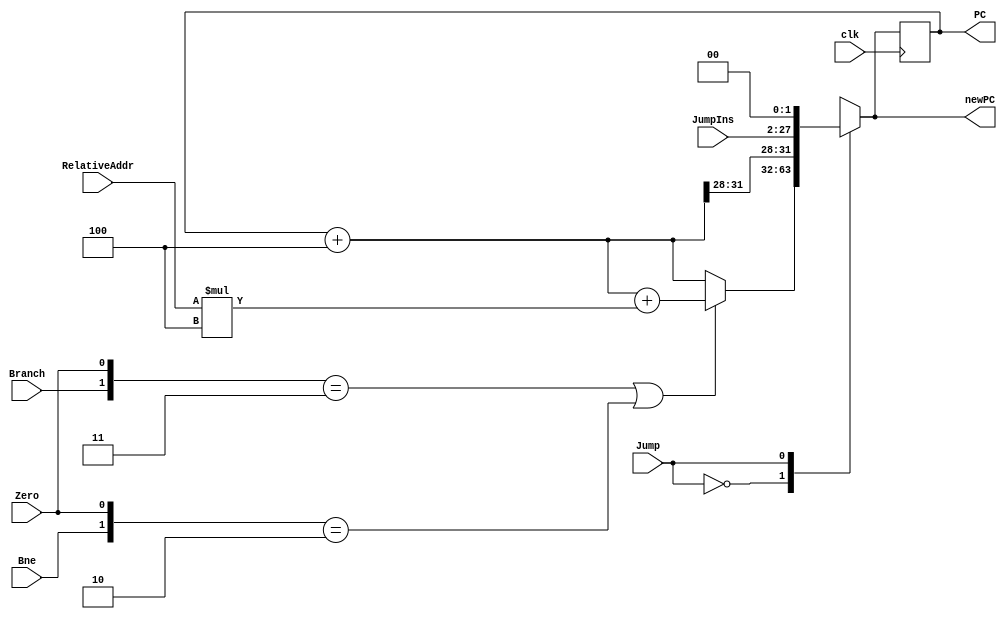
`timescale 1ns / 1ps
//////////////////////////////////////////////////////////////////////////////////
// Company: 
// Engineer: 
// 
// Design Name: 
// Module Name: p2
// Project Name: 
// Target Devices: 
// Tool Versions: 
// Description: 
// 
// Dependencies: 
// 
// Revision:
// Revision 0.01 - File Created
// Additional Comments:
// 
//////////////////////////////////////////////////////////////////////////////////


module pc(clk, JumpIns, RelativeAddr, Jump, Branch, Bne, Zero, newPC,PC);
output reg [31:0] newPC, PC;
input clk, Jump, Branch, Bne, Zero;
input [25:0] JumpIns;
input [31:0] RelativeAddr;
wire Jump,Branch,Zero;
integer i;
wire [31:0] JumpAddr, BranchAddr;
wire [31:0] PCadd, ALUResult;


assign PCadd = PC + 4'b0100;
assign ALUResult = PCadd + RelativeAddr * 4;
assign JumpAddr = {PCadd[31:28],JumpIns[25:0],{1'b0,1'b0}};
assign BranchAddr = ({Branch,Zero} == {1'b1,1'b1} || {Bne,Zero} == {1'b1,1'b0}) ? ALUResult : PCadd;
initial begin
PC = 0;
end

always@(*)begin
case(Jump)
    1'b0: newPC <= BranchAddr;            
    1'b1: newPC <= JumpAddr;
    default:;
endcase
end

always @(posedge clk) begin
    begin
    PC <= newPC;
    end
end
endmodule